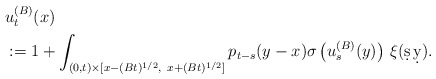
\begin{align*}&u^{(B)}_t(x)\\&:=1+ \int_{(0,t)\times[x-(Bt)^{1/2},\ x+(Bt)^{1/2}]} p_{t-s}(y-x)\sigma\left(u_s^{(B)}(y)\right)\,\xi(\d s\,\d y).\end{align*}